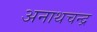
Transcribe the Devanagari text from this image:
अनाथचन्द्र